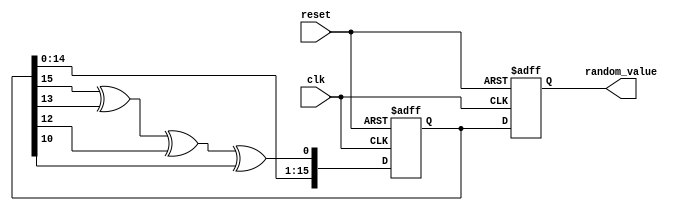
module RandomInitialization (
    input wire clk,
    input wire reset,
    output reg [15:0] random_value // Adjust bit-width as needed
);

    // Internal registers
    reg [15:0] lfsr; // LFSR register
    wire lfsr_feedback;

    // LFSR feedback logic (example taps for a 16-bit LFSR)
    assign lfsr_feedback = lfsr[15] ^ lfsr[13] ^ lfsr[12] ^ lfsr[10];

    // Random value generation process
    always @(posedge clk or posedge reset) begin
        if (reset) begin
            // Reset LFSR and random value
            lfsr <= 16'hACE1; // Seed value (can be changed)
            random_value <= 16'h0000; // Clear output
        end else begin
            // Shift and generate new random value
            lfsr <= {lfsr[14:0], lfsr_feedback}; // Shift left and insert feedback
            random_value <= lfsr; // Update random value output
        end
    end

endmodule